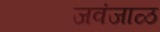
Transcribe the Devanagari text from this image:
जवंजाळ